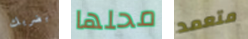
بضربك محلها متعمد